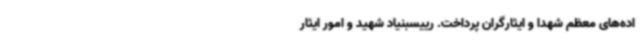
اده‌های معظم شهدا و ایثارگران پرداخت. رییسبنیاد شهید و امور ایثار